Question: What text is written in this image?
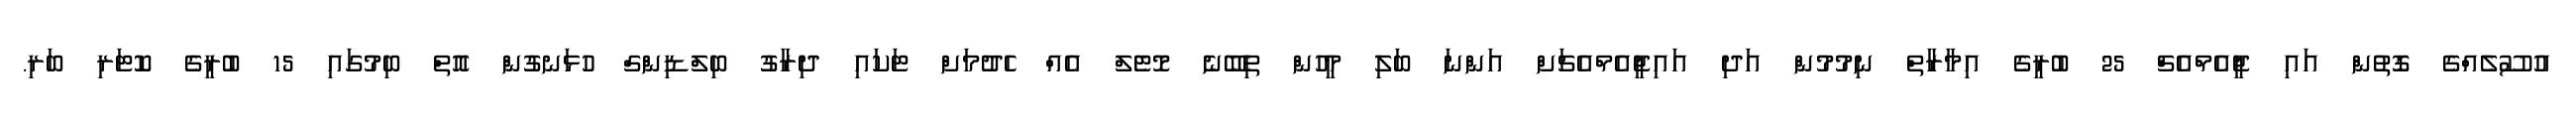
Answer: އުސޫލެއްގެ ގޮތުން އައި ޖީއެމްއެޗް 25 ބުރީގެ އިމާރާތް ނިމުމުން އަދި އައިޖީއެމްއެޗަށް އަންނަ ބަލި މީހުން ތިބޭނެ މޮޓެލް އެއް ހެދުމަށް ޓަކައި ދިރާގު ބިލްޑިންގް ހުޅަނގުން އޮތް ބިމުގައި 15 ބުރީގެ ކޮޓަރި ބަރި.